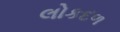
લોકદળ